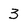
Character: 3